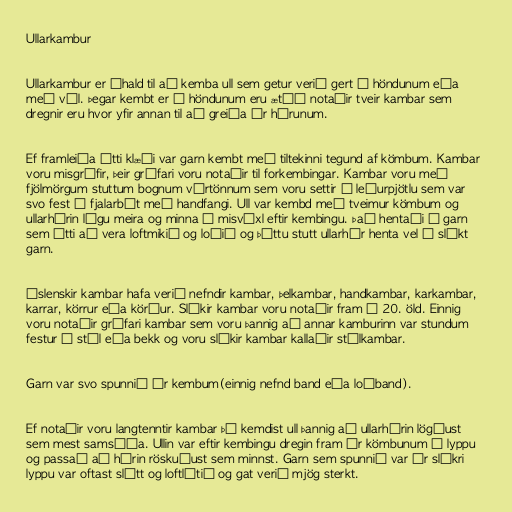
Ullarkambur

Ullarkambur er áhald til að kemba ull sem getur verið gert í höndunum eða
með vél. Þegar kembt er í höndunum eru ætíð notaðir tveir kambar sem
dregnir eru hvor yfir annan til að greiða úr hárunum.

Ef framleiða átti klæði var garn kembt með tiltekinni tegund af kömbum. Kambar
voru misgrófir, þeir grófari voru notaðir til forkembingar. Kambar voru með
fjölmörgum stuttum bognum vírtönnum sem voru settir í leðurpjötlu sem var
svo fest á fjalarbút með handfangi. Ull var kembd með tveimur kömbum og
ullarhárin lágu meira og minna á misvíxl eftir kembingu. Það hentaði í garn
sem átti að vera loftmikið og loðið og þóttu stutt ullarhár henta vel í slíkt
garn.

Íslenskir kambar hafa verið nefndir kambar, þelkambar, handkambar, karkambar,
karrar, körrur eða körður. Slíkir kambar voru notaðir fram á 20. öld. Einnig
voru notaðir grófari kambar sem voru þannig að annar kamburinn var stundum
festur á stól eða bekk og voru slíkir kambar kallaðir stólkambar.

Garn var svo spunnið úr kembum(einnig nefnd band eða loðband).

Ef notaðir voru langtenntir kambar þá kemdist ull þannig að ullarhárin lögðust
sem mest samsíða. Ullin var eftir kembingu dregin fram úr kömbunum í lyppu
og passað að hárin röskuðust sem minnst. Garn sem spunnið var úr slíkri
lyppu var oftast slétt og loftlítið og gat verið mjög sterkt.